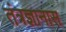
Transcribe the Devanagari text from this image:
तंत्रज्ञानास